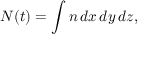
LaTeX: N ( t ) = \int n \, d x \, d y \, d z ,